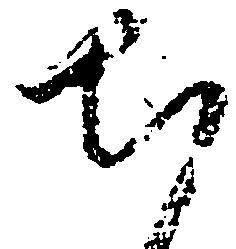
ち